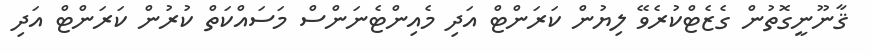
ޤާނޫނީގޮތުން ގެޒެޓްކުރެވޭ ލިޔުން ކަރަންޓް އަދި މެއިންޓެނަންސް މަސައްކަތް ކުރުން ކަރަންޓް އަދި